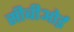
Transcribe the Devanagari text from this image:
सीबीओई